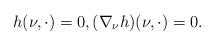
LaTeX: \begin{align*}h(\nu, \cdot)= 0,(\nabla_{\nu} h)(\nu, \cdot)=0.\end{align*}